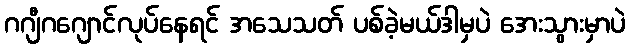
ဂဂျီဂဂျောင်လုပ်နေရင် အသေသတ် ပစ်ခဲ့မယ်ဒါမှပဲ အေးသွားမှာပဲ